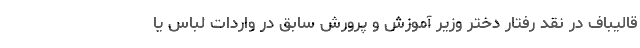
قالیباف در نقد رفتار دختر وزیر آموزش و پرورش سابق در واردات لباس یا